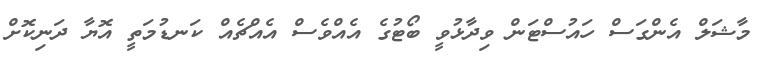
މާޝަލް އެންގަސް ހައުސްޓަން ވިދާޅުވީ ބޯޓުގެ އެއްވެސް އެއްޗެއް ކަނޑުމަތީ އޮޔާ ދަނިކޮށް